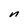
Character: n